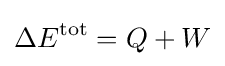
\Delta E^{\mathrm {tot} }=Q+W